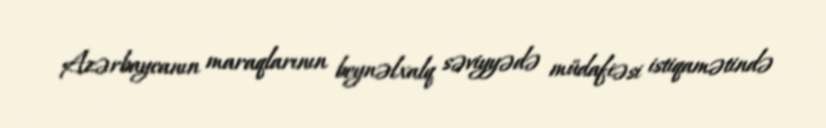
Azərbaycanın maraqlarının beynəlxalq səviyyədə müdafiəsi istiqamətində